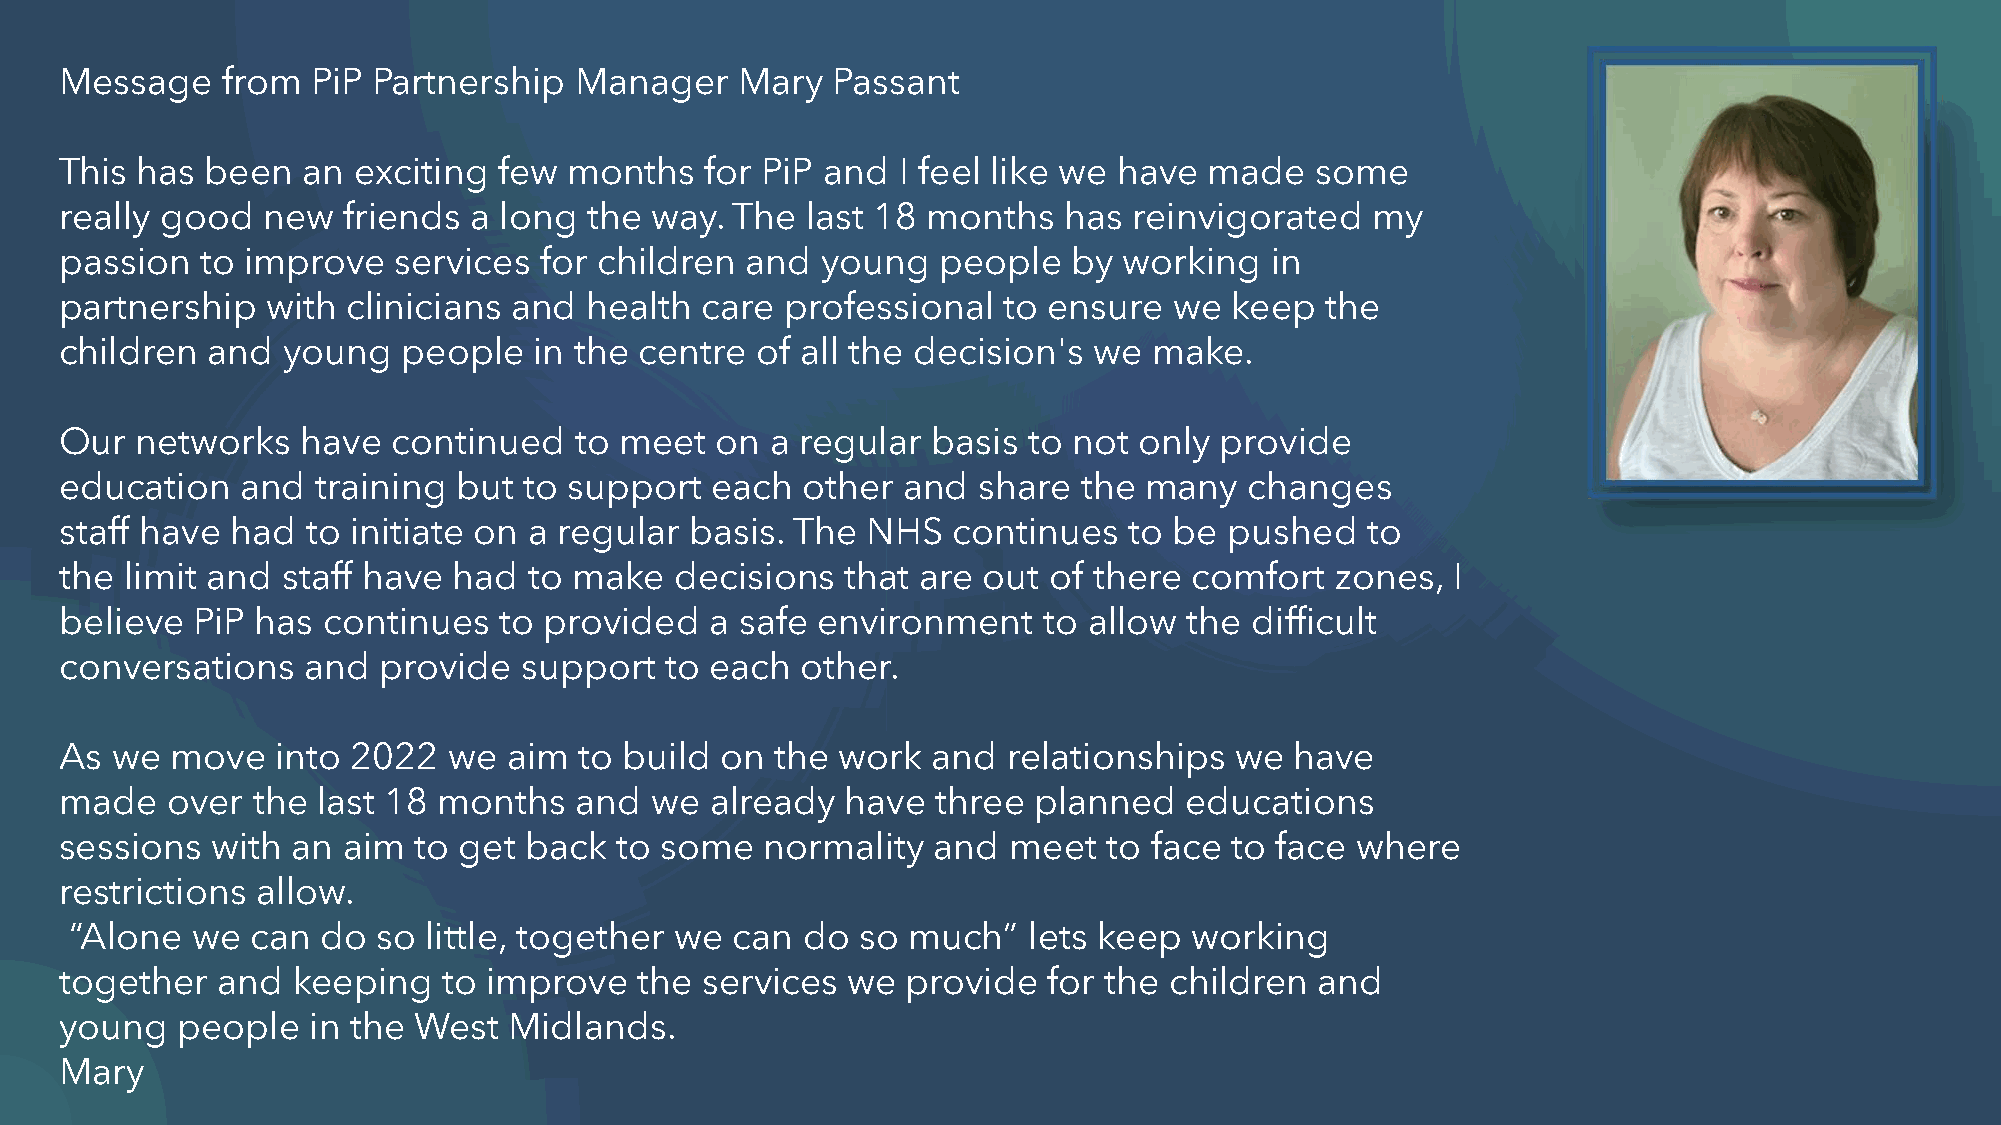
Message    from  PiP Partnership  Manager    Mary  Passant
 This has  been  an exciting  few  months   for PiP and I feel like we have  made   some
 really good  new   friends a long  the way.  The last 18 months   has  reinvigorated   my
 passion  to improve   services  for children and  young   people   by working   in
 partnership   with clinicians and  health care  professional  to ensure   we keep   the
 children  and  young   people  in the centre  of all the decision's we  make.
 Our  networks   have  continued   to meet  on  a regular  basis to not only  provide
 education   and  training but  to support  each  other  and  share  the many   changes
 staff have had  to initiate on a regular  basis. The NHS   continues   to be pushed   to
 the limit and  staff have had  to make   decisions  that are out of there  comfort  zones,  I
 believe  PiP has continues   to provided   a safe environment    to allow  the difficult
 conversations   and  provide   support  to each  other.
 As we  move   into 2022   we  aim to build  on the  work  and  relationships  we  have
 made   over  the last 18 months   and  we  already  have  three planned   educations
 sessions  with an  aim to get  back  to some   normality  and  meet  to face to face  where
 restrictions allow.
 “Alone  we  can do  so little, together we  can do  so much”   lets keep  working
 together  and  keeping   to improve   the services  we  provide  for the children  and
 young   people  in the West   Midlands.
 Mary